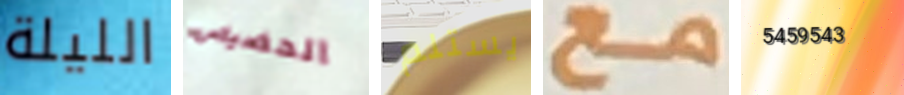
الليلة الحضيض يستلم مع 5459543